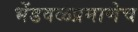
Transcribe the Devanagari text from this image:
भेंडवळप्रमाणेच